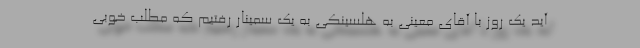
آید یک روز با آقای معینی به هلسینکی به یک سمینار رفتیم که مطلب خوبی